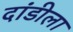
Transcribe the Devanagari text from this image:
दांडीला